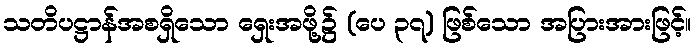
သတိပဋ္ဌာန်အစရှိသော ရှေးအဖို့၌ (ပေ ၃၇) ဖြစ်သော အပြားအားဖြင့်။